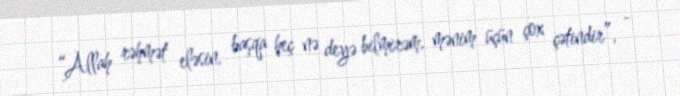
“Allah rəhmət eləsin, başqa heç nə deyə bilmirəm, mənim üçün çox çətindir”, -